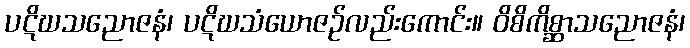
ပဋိဃသညောဇနံ၊ ပဋိဃသံယောဇဉ်လည်းကောင်း။ ဝိစိကိစ္ဆာသညောဇနံ၊